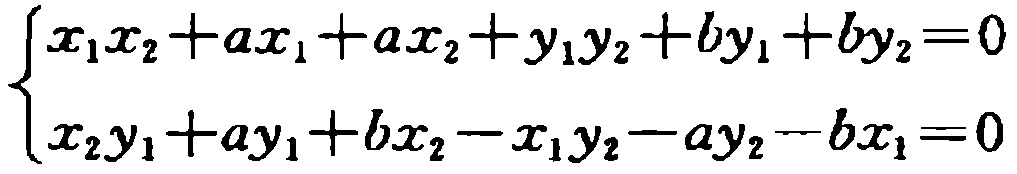
\[\begin{cases}
x_{1}x_{2}+ax_{1}+ax_{2}+y_{1}y_{2}+by_{1}+by_{2}=0\\
x_{2}y_{1}+ay_{1}+bx_{2}-x_{1}y_{2}-ay_{2}-bx_{1}=0
\end{cases}\]